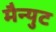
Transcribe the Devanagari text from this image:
मैन्युट